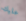
عليك